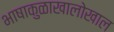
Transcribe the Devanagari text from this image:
भाषाकुळाखालोखाल